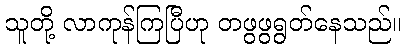
သူတို့ လာကုန်ကြပြီဟု တဖွဖွရွတ်နေသည်။